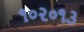
૧૦૨૦૧૩